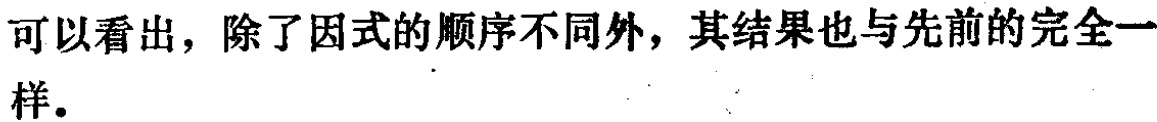
可以看出，除了因式的顺序不同外，其结果也与先前的完全一样。